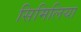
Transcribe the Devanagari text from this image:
सिमिलिया